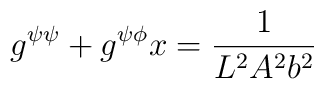
g^{\psi\psi} +g^{\psi\phi} x= \frac{1}{L^2A^2b^2}